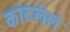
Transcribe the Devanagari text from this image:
काढलेलं